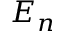
E _ { n }